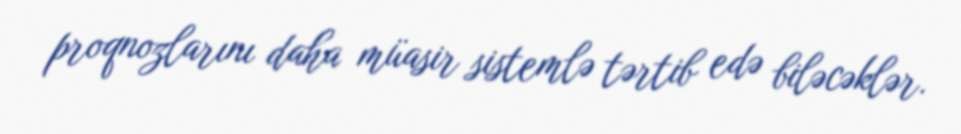
proqnozlarını daha müasir sistemlə tərtib edə biləcəklər.